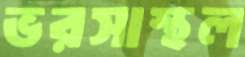
ভরসাস্থল